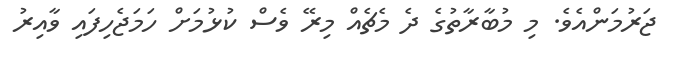
ޖަރުމަންއެވެ. މި މުބާރާތުގެ ދެ މެޗެއް މިރޭ ވެސް ކުޅުމަށް ހަމަޖެހިފައި ވާއިރު